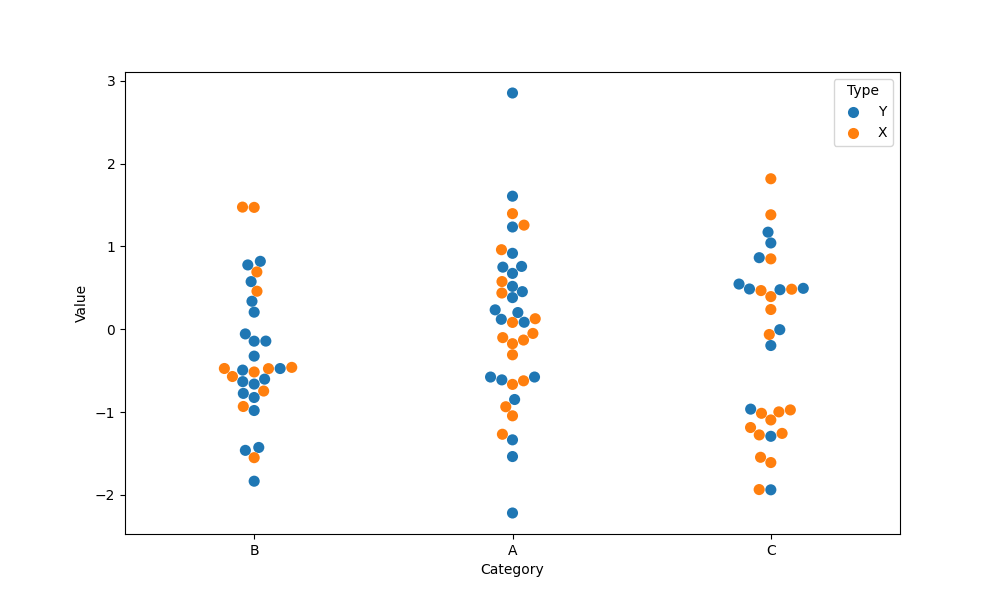
python, seaborn, swarmplot, dodge=False, alpha=1.0, size=8